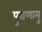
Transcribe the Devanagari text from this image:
पुराणामु